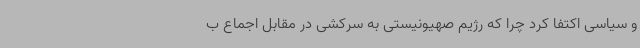
و سیاسی اکتفا کرد چرا که رژیم صهیونیستی به سرکشی در مقابل اجماع ب